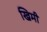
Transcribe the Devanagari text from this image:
खिमी